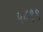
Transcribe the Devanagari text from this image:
५८१९